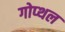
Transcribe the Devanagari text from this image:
गोप्थल